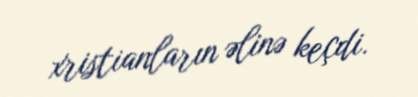
xristianların əlinə keçdi.